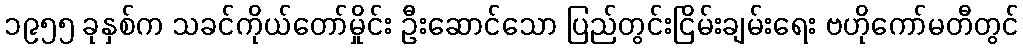
၁၉၅၅ ခုနှစ်က သခင်ကိုယ်တော်မှိုင်း ဦးဆောင်သော ပြည်တွင်းငြိမ်းချမ်းရေး ဗဟိုကော်မတီတွင်